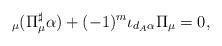
LaTeX: \begin{align*} _\mu (\Pi_\mu^{\sharp} \alpha) + (-1)^m \iota_{d_A \alpha} \Pi_\mu = 0,\end{align*}